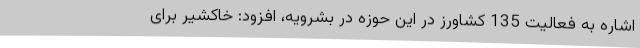
اشاره به فعالیت 135 کشاورز در این حوزه در بشرویه، افزود: خاکشیر برای